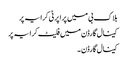
بلاک بی میں پراپرٹی کرایہ پر
کینال گارڈن میں فلیٹ کرایہ پر
کینال گارڈن ۔